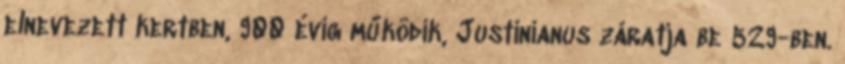
elnevezett kertben, 900 évig működik, Justinianus záratja be 529-ben.